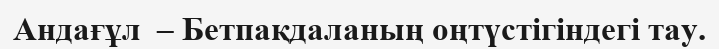
Андағұл  – Бетпақдаланың оңтүстігіндегі тау.